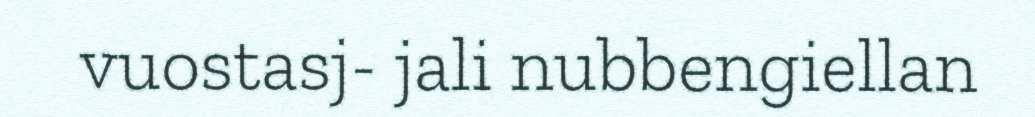
vuostasj- jali nubbengiellan